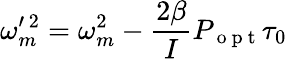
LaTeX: \omega_{m}^{\prime\, 2}=\omega_{m}^{2}-\frac{2\beta}{I}P_{\mathrm{~o~p~t~}}\tau_{0}